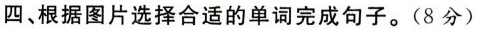
四、根据图片选择合适的单词完成句子。(8分)